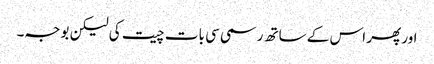
اور پھر اس کے ساتھ رسمی سی بات چیت کی لیکن بوجہ۔